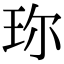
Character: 珎